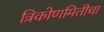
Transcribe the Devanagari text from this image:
त्रिकोणमितीचा